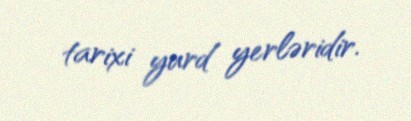
tarixi yurd yerləridir.